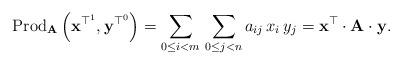
LaTeX: \begin{align*}\mbox{Prod}_{\mathbf{A}}\left(\mathbf{x}^{\top^{1}},\mathbf{y}^{\top^{0}}\right)=\sum_{0\le i<m}\,\sum_{0\le j<n}a_{ij}\,x_{i}\,y_{j}=\mathbf{x}^{\top}\cdot\mathbf{A}\cdot\mathbf{y}.\end{align*}